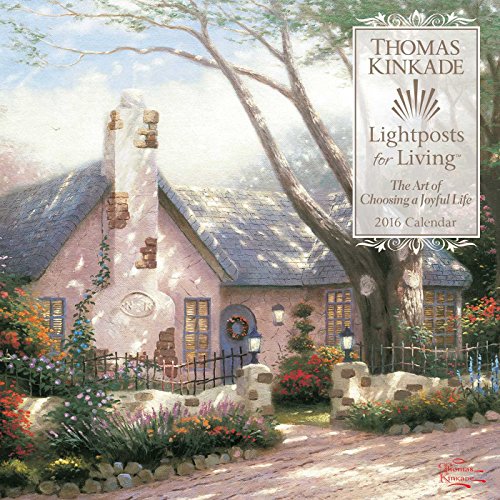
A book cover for Thomas Kinkade Lightposts for Living 2016 Wall Calendar; Thomas Kinkade; Arts & Photography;